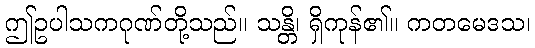
ဤဥပါသကဂုဏ်တို့သည်။ သန္တိ၊ ရှိကုန်၏။ ကတမေဒသ၊